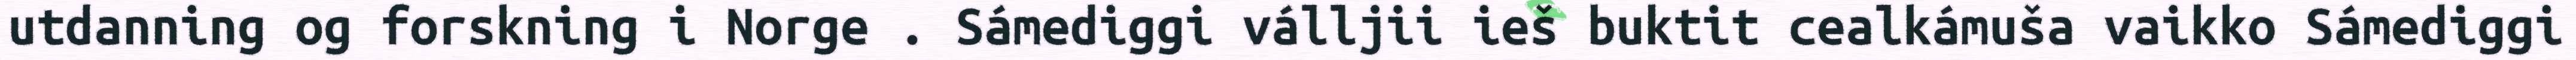
utdanning og forskning i Norge . Sámediggi válljii ieš buktit cealkámuša vaikko Sámediggi